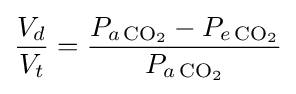
{\frac {V_{d}}{V_{t}}}={\frac {P_{a\,{\ce {CO2}}}-P_{e\,{\ce {CO2}}}}{P_{a\,{\ce {CO2}}}}}